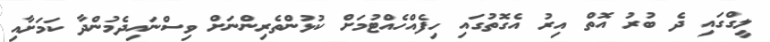
ލީގްގައި ދެ ބުރު އޮތް އިރު އެގޮތުގައި ހިފެއްހެއްޓުމަށް ކުޅުންތެރިންނަށް ވިސްނައިދެމުންދާ ކަމަށާއި